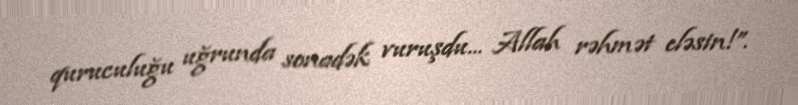
quruculuğu uğrunda sonadək vuruşdu... Allah rəhmət eləsin!”.